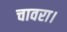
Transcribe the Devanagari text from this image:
चावरा।